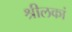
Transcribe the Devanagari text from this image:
श्रीलकां